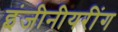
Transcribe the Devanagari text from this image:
इंजीनीयरींग